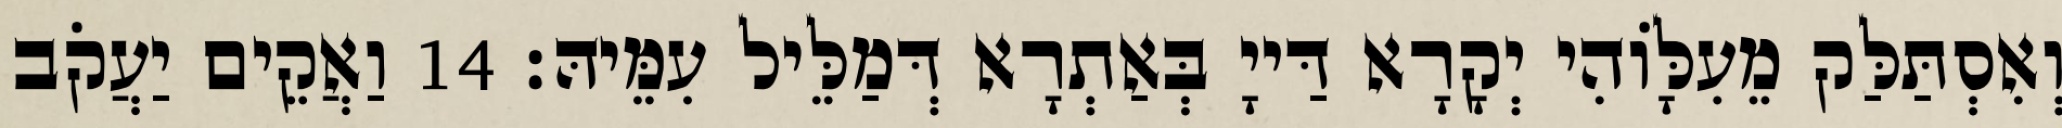
וְאִסְתַּלַּק מֵעִלָּוֹהִי יְקָרָא דַּייָ בְּאַתְרָא דְּמַלֵּיל עִמֵּיהּ׃ 14 וַאֲקֵים יַעֲקֹב